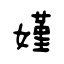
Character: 嫤